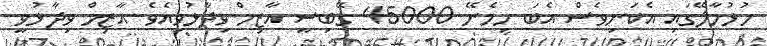
ހުޅުމާލޭގައި އެކަނިވެސް އެބަ ހިމެނޭ 45000 ގޭބިސީ އާޒިމް ވިދާޅުވިއެވެ. އާޒިމް ވިދާޅުވީ